Indian Medical Review
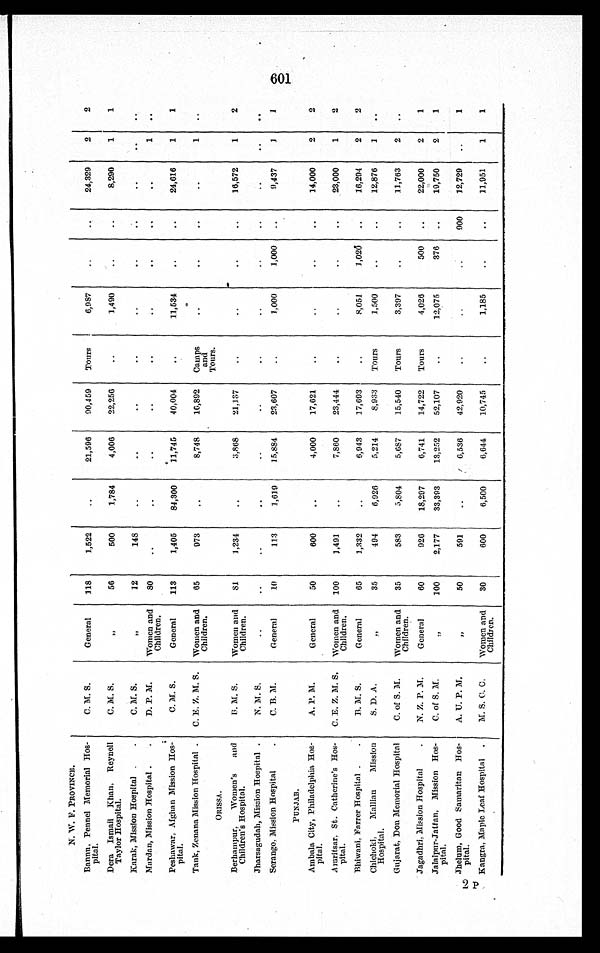
N. W. F. PROVINCE.
Bannu. Pennel Memorial Hos-
pital.
C. M. S.
General 118 1, 522
21, 596 90, 459 Tours I 6, 987
24, 329 2 2
Dera Ismail Khan, Reynell
Taylor Hospital.
C. M. S. „
56 500 1, 784 4, 006 22, 25
1, 490
8, 290 1 1
Karak, Mission Hospital
C. M. S. „
12 148
Mardan, Mission Hospital
D. P. M. Women and
Children. 80
1
Peshawar, Afghan Mission Hos-
pital.
C. M. S. General 113 1, 405 84, 300 11, 745 40, 004
11, 53
24, 616 1 1
Tank, Zenana Mission Hospital . C. E. Z. M. S. Women and
Children. 65 973
8, 748 16,892 Camp and
1
ORISSA.
Tours.
Berhainpur. Women' s and
Children' s Hospital.
B. M. S. Women and
Children. 81 1,234
3, 868 21,137
16, 572 1 2
Jhar sagudah, Mi ssi on Hospi t al . N. M. S.
Serango. Mission Hospital
C. B. M. General 10 113 1, 619 15, 884 23, 607
1,000 1, 000
9, 437 1 1
PUNJAB.
Ambala City, Philadelphia Hos-
pital.
A. P. M.
General 50 600
4, 000 17, 621
14, 000 2 2
Amritsar, St. Catherine' s Hos-
pital.
C. E. Z. M. S. Women and
Children. 100 1,491
7, 860 23, 444
23, 000 1 2
Bhiwani, Farrer Hospital
B. M. S.
General 65 1, 33
6, 943 17, 693
8, 051 1, 020
16, 294 2 2
Chichoki, Mallian Mission
Hospital.
S. D. A
„
35 494 6, 926 5, 214 8, 933 Tours 1, 500
12, 876 1
Gujarat, Don Memorial Hospital C. of S. M. Women and
Children. 35 583 5, 804 5,687 15, 540 Tours 3, 39
11, 763 2
Jagadhri, Mission Hospital
N. Z. P. M. General 60 926 18, 297 6, 741 14, 722 Tours 4, 026 500
22, 000 2 1
Jalalpur-Jattan, Mission Hos-
pital.
C. of S. M
„ 100 2, 177 33, 393 13, 252 52, 107
12, 075
376
19, 750 2 1
Jhelum, Good Samaritan Hos-
pital.
A. U. P. M,
„
50 591
6, 536 42, 920
900 12, 729
1
Kangra, Maple Leaf Hospital
M. S. C. C. Women and
Children. 30 600 6, 500 6, 644 10, 74
1, 185
11, 951 1 1